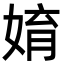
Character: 㛩